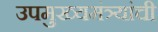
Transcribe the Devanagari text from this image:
उपमुख्यमंत्र्यांची